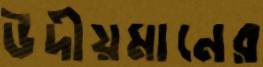
উদীয়মানের